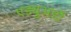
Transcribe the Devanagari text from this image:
एड्युअर्डो